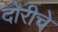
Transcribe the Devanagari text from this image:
दोरीचे